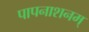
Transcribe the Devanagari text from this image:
पापनाशनम्